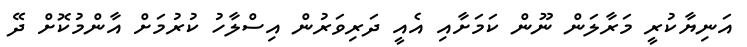
އަނިޔާކުރީ މަރާލަން ނޫން ކަމަށާއި އެއީ ދަރިވަރުން އިސްލާހު ކުރުމަށް އާންމުކޮށް ދޭ